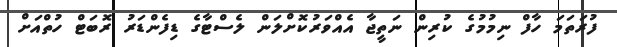
ފުރަތަމަ ހާފް ނިމުމުގެ ކުރިން ނަތީޖާ އެއްވަރުކޮށްލަން ލެސްޓާގެ ޑިފެންޑަރު ރޮބަޓް ހުތްއަށް